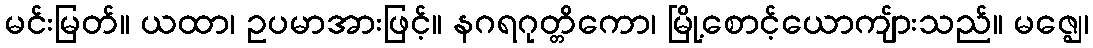
မင်းမြတ်။ ယထာ၊ ဥပမာအားဖြင့်။ နဂရဂုတ္တိကော၊ မြို့စောင့်ယောကျ်ားသည်။ မဇ္ဈေ၊